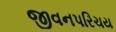
જીવનપરિચય